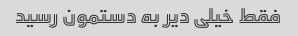
فقط خیلی دیر به دستمون رسید